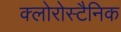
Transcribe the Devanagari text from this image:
क्लोरोस्टैनिक